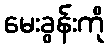
မေးခွန်းကို